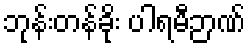
ဘုန်းတန်ခိုး ပါရမီဉာဏ်